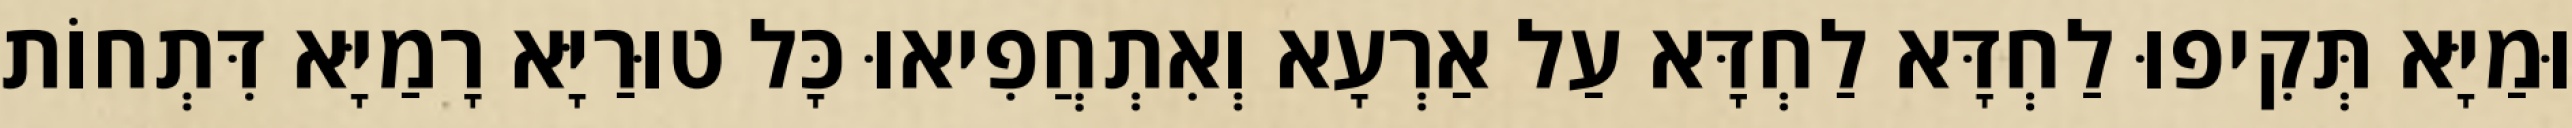
וּמַיָּא תְּקִיפוּ לַחְדָּא לַחְדָּא עַל אַרְעָא וְאִתְחֲפִיאוּ כָּל טוּרַיָּא רָמַיָּא דִּתְחוֹת